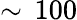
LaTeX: \sim\, 100